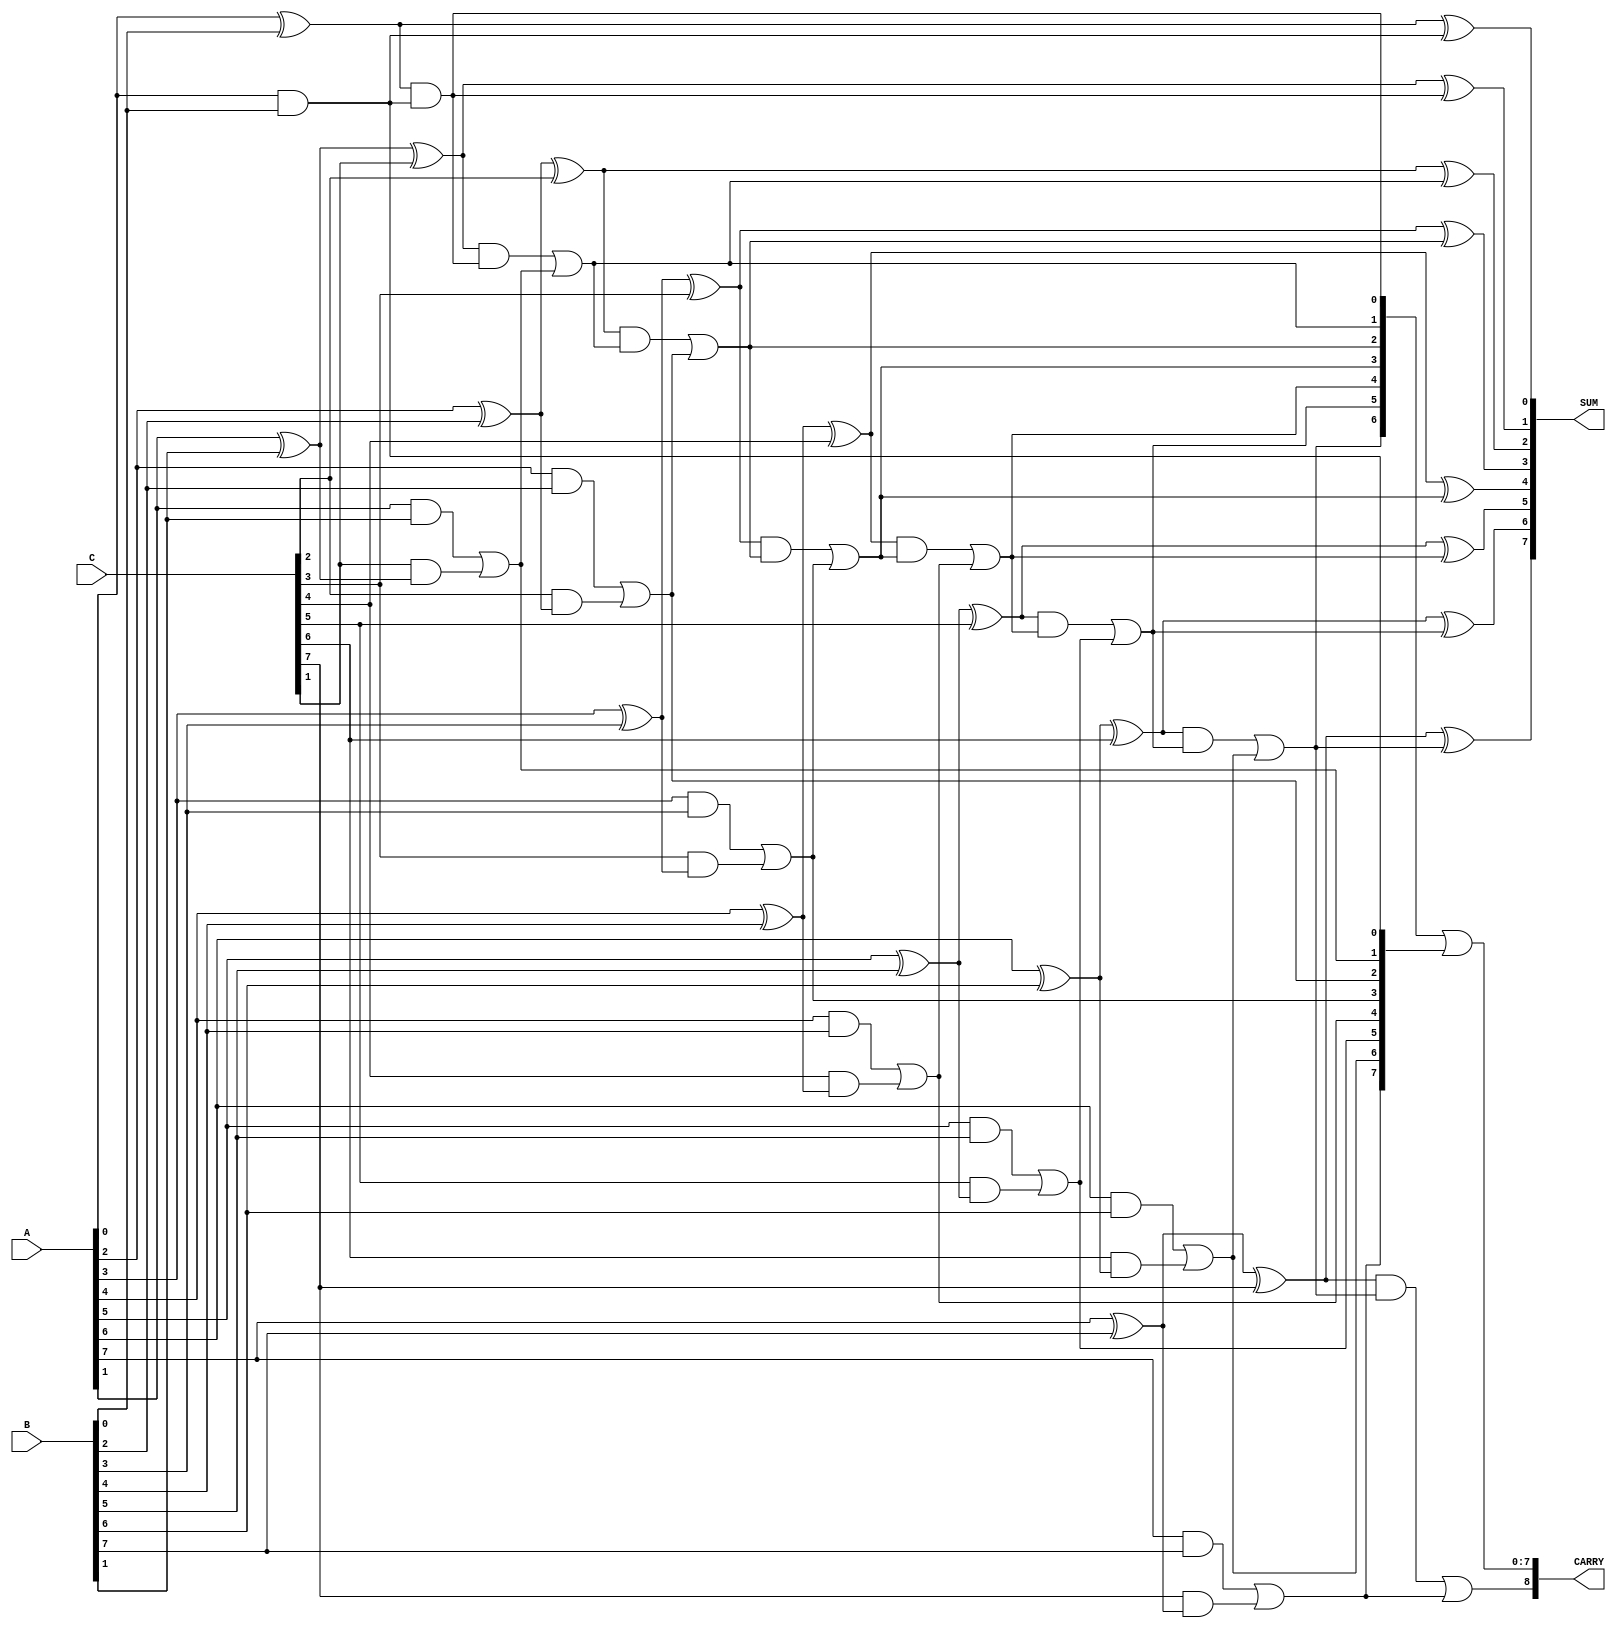
module ModifiedCarrySaveAdder #(parameter WIDTH = 8) (
    input  [WIDTH-1:0] A,  // First operand
    input  [WIDTH-1:0] B,  // Second operand
    input  [WIDTH-1:0] C,  // Third operand
    output [WIDTH-1:0] SUM, // Sum output
    output [WIDTH:0] CARRY   // Carry output (WIDTH+1 bits to accommodate overflow)
);

// Internal wires for partial sums and carries
wire [WIDTH-1:0] S1, S2; // Partial sums
wire [WIDTH-1:0] C1, C2; // Partial carries

// Stage 1: Calculate partial sums and carries
genvar i;
generate
    for (i = 0; i < WIDTH; i = i + 1) begin : stage1
        if (i == 0) begin
            // For the least significant bit, use half-adder
            assign S1[i] = A[i] ^ B[i];
            assign C1[i] = A[i] & B[i];
        end else begin
            // For other bits, use full-adder
            assign S1[i] = A[i] ^ B[i] ^ C[i];
            assign C1[i] = (A[i] & B[i]) | (C[i] & (A[i] ^ B[i]));
        end
    end
endgenerate

// Stage 2: Calculate final sum and carry
generate
    for (i = 0; i < WIDTH; i = i + 1) begin : stage2
        if (i == 0) begin
            // For the least significant bit, use half-adder
            assign SUM[i] = S1[i] ^ C1[i];
            assign C2[i] = S1[i] & C1[i];
        end else begin
            // For other bits, use full-adder
            assign SUM[i] = S1[i] ^ C2[i-1];
            assign C2[i] = (S1[i] & C2[i-1]) | C1[i];
        end
    end
endgenerate

// Final carry output
assign CARRY = {C2[WIDTH-1], C2[WIDTH-2:0] | C1[WIDTH-1:0]};

// Final carry output includes the last carry bit
endmodule